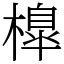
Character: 橰